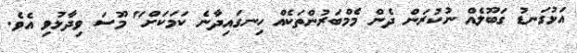
އަޅުގަނޑު ގަބޫލެއް ނުކުރަން ދެން މެމްބަރުންތަކެއް ހިނގައިދާނެ ކަމަކަށް" މޫސަ ވިދާޅުވި އެވެ.